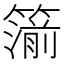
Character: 𥳷